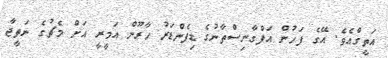
އަތީގްއެވެ. އޭގެ ފަހުން އަފްގާނިސްތާނުގެ ޑިފެންޑަރު ހާރޫން އަމީރީ އަށް މެޗުގެ ނަތީޖާ